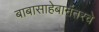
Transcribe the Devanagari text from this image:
बाबासाहेबानंतरचे